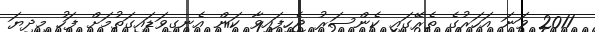
2011 ވަނަ އަހަރުގެ ތެރޭގައި ކެންސަރު ޖެހިފައިވާ ކަން އެނގިވަޑައިގަތުމަށް ފަހު މިދިޔަ